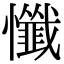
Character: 懺